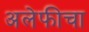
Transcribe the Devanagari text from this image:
अलेफीचा